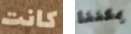
كانت يمكننا